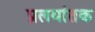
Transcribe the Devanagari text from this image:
प्रलयांतक